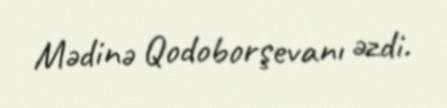
Mədinə Qodoborşevanı əzdi.